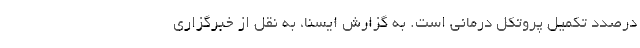
درصدد تکمیل پروتکل درمانی است. به گزارش ایسنا،‌ به نقل از خبرگزاری